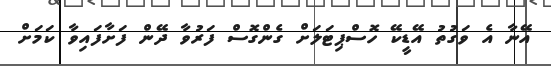
އޭނާ އެ ވަގުތު އޭޑީކޭ ހޮސްޕިޓަލަށް ގެންގޮސް ފަރުވާ ދޭން ފަށާފައިވާ ކަމަށް